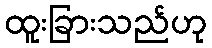
ထူးခြားသည်ဟု